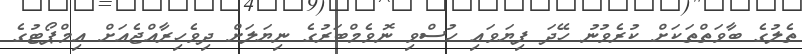
ތެލުގެ ބާވަތްތަކަށް ކުރެވުނު ހޭދަ ފިޔަވައި ހުސްވި ނޮވެމްބަރުގެ ނިޔަލަށް ދިވެހިރާއްޖެއަށް އިމްޕޯޓުގެ